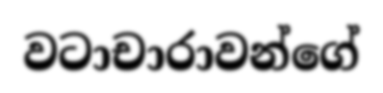
වටාචාරාවන්ගේ